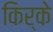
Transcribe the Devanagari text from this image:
किर्के